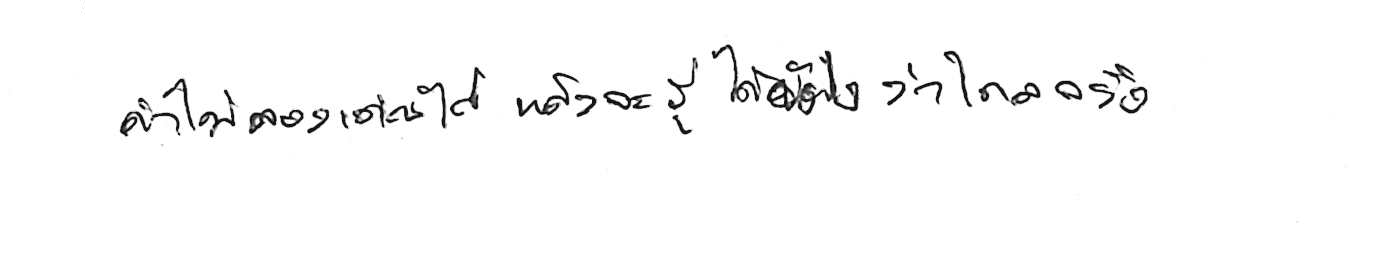
ถ้าไม่ลองเดินไป แล้วจะรู้ได้ยังไงว่าไกลจริง